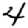
Digit: 4